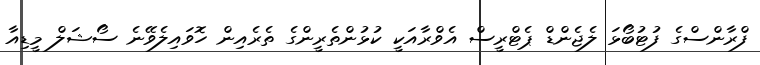
ފްރާންސްގެ ފުޓުބޯޅަ ލެޖެންޑް ޕެޓްރީސް އެވްރާއަކީ ކުޅުންތެރީންގެ ތެރެއިން ހޮވައިލެވޭނެ ސޯޝަލް މީޑިއާ